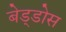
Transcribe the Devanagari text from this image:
बेड्डोस